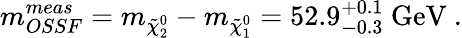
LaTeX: m_{OSSF}^{meas}=m_{\tilde{\chi}_{2}^{0}}-m_{\tilde{\chi}_{1}^{0}}=52.9_{-0.3}^{+0.1}\mathrm{\ GeV~.}